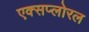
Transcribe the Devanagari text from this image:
एक्सप्लोरल